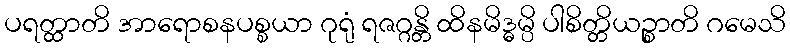
ပရတ္ထာတိ အာရောစနပစ္စယာ ဂုရုံ ရဇဂ္ဂန္တိ ထိနမိဒ္ဓမ္ပိ ပါစိတ္တိယဉ္စာတိ ဂမေသိ